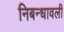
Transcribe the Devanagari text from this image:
निबन्‍धावली